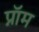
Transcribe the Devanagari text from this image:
प्नॉम